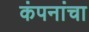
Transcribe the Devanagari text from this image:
कंपनांचा